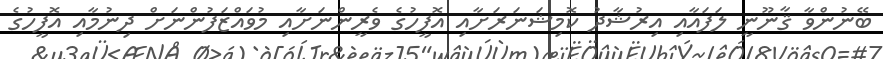
ބޭނުންވާ ޤާނޫނީ ލަފައާއި އިރުޝާދު ކޮމިޝަނަރަށާއި އޮފީހުގެ ވެރީންނަށާއި މުވައްޒަފުންނަށް ދިނުމާއި އޮފީހުގެ